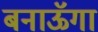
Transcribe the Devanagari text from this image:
बनाऊॅगा